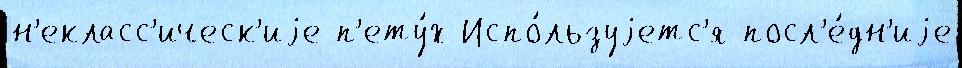
н'екласс'ическ'иjе п'ету́х Испо́льзуjетс'я посл'е́дн'иjе